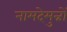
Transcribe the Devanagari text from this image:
नामदेमुन्नों